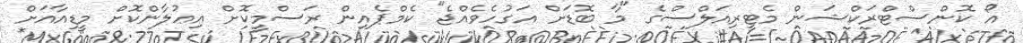
އޯ ކޮންސްޓްރަކްޝަން މެޓީރިއަލްސްގެ "މާ ބޮޑަށް އަގުހެވެއްޖެ" ކެމްޕެއިން ރަސްމީކޮށް އިޢުލާންކޮށް މީޑިއާއަށް